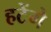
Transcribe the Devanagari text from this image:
हटेंगे